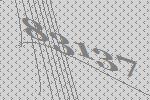
83137